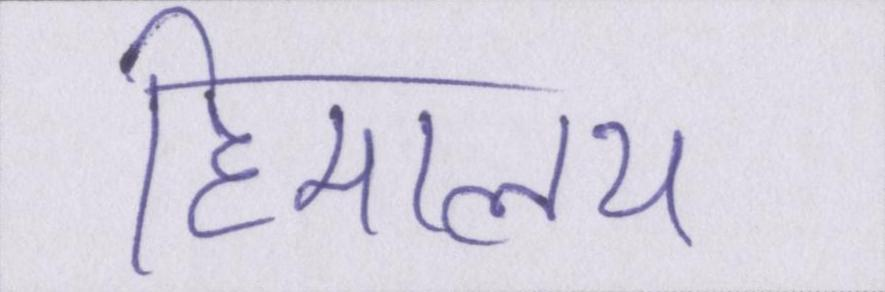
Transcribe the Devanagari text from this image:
हिमालय